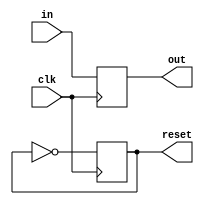
module trigger (clk, in, out, reset);

input clk;
input [5:0] in;
output reg [5:0] out;
output reg reset;

always @(posedge clk)
begin

out=in;
reset=!reset;

end
endmodule